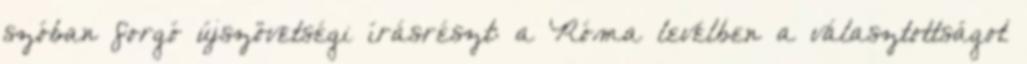
szóban forgó újszövetségi írásrészt: a Róma levélben a választottságot